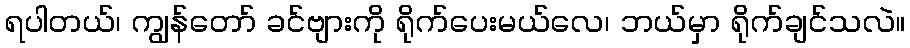
ရပါတယ်၊ ကျွန်တော် ခင်ဗျားကို ရိုက်ပေးမယ်လေ၊ ဘယ်မှာ ရိုက်ချင်သလဲ။